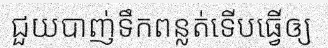
ជួយបាញ់ទឹកពន្លត់ទើបធ្វើឲ្យ